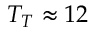
T _ { T } \approx 1 2